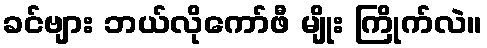
ခင်ဗျား ဘယ်လိုကော်ဖီ မျိုး ကြိုက်လဲ။